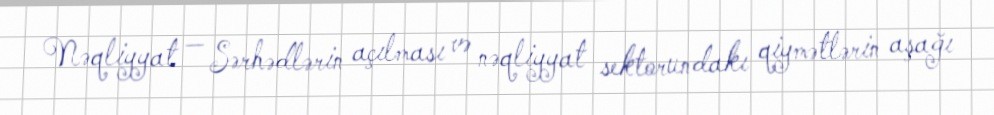
Nəqliyyat — Sərhədlərin açılması və nəqliyyat sektorundakı qiymətlərin aşağı